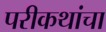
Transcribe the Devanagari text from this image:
परीकथांचा